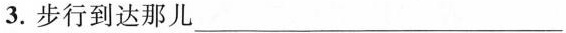
3.步行到达那儿___